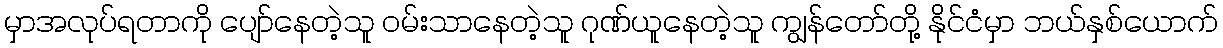
မှာအလုပ်ရတာကို ပျော်နေတဲ့သူ ဝမ်းသာနေတဲ့သူ ဂုဏ်ယူနေတဲ့သူ ကျွန်တော်တို့ နိုင်ငံမှာ ဘယ်နှစ်ယောက်